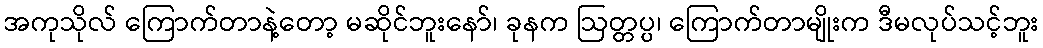
အကုသိုလ် ကြောက်တာနဲ့တော့ မဆိုင်ဘူးနော်၊ ခုနက ဩတ္တပ္ပ၊ ကြောက်တာမျိုးက ဒီမလုပ်သင့်ဘူး